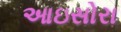
આઇસોરા